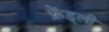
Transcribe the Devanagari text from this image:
फ्रेंड्ली